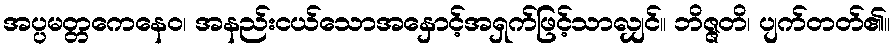
အပ္ပမတ္တကေနေဝ၊ အနည်းငယ်သောအနှောင့်အရှက်ဖြင့်သာလျှင်။ ဘိဇ္ဇတိ၊ ပျက်တတ်၏။